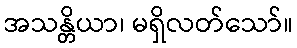
အသန္တိယာ၊ မရှိလတ်သော်။